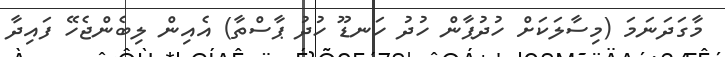
މާގަދަނަމަ (މިސާލަކަށް ހުދުޕާން ހުދު ހަނޑޫ ހުދު ޕާސްތާ) އެއިން ލިބެންޖެހޭ ފައިދާ